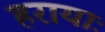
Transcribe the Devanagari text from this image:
हरायाः